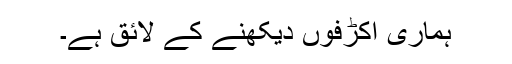
ہماری اکڑفوں دیکھنے کے لائق ہے۔